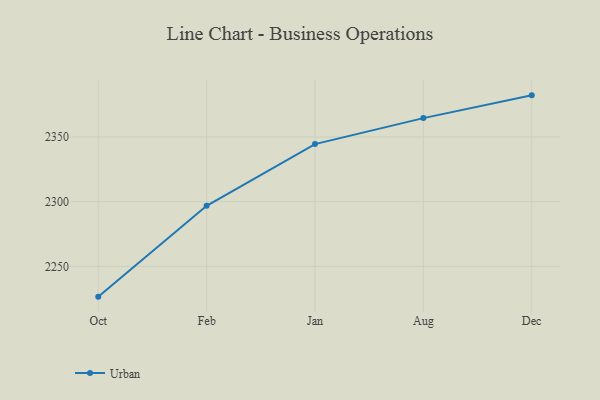
{"axis": {"x": "Month", "y": "Churn Rate (%)"}, "legend": ["Urban"], "data": [{"x": "Oct", "y": 2226.6, "type": "Urban"}, {"x": "Feb", "y": 2296.8, "type": "Urban"}, {"x": "Jan", "y": 2344.5, "type": "Urban"}, {"x": "Aug", "y": 2364.6, "type": "Urban"}, {"x": "Dec", "y": 2382.2, "type": "Urban"}]}